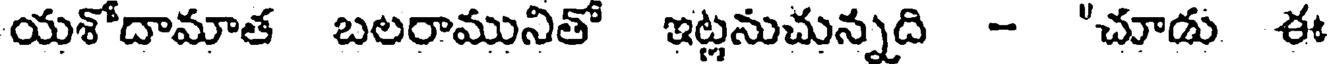
యశోదామాత బలరామునితో ఇట్లనుచున్నది - "చూడు ఈ